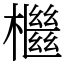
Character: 檵